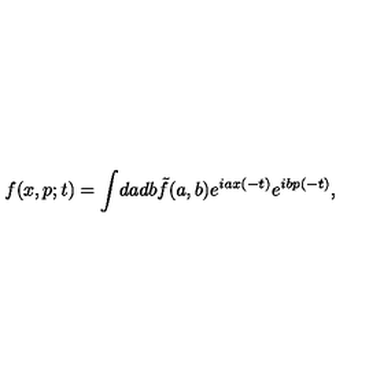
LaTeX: f ( x , p ; t ) = \int \! d a d b \tilde { f } ( a , b ) e ^ { i a x ( - t ) } e ^ { i b p ( - t ) } ,